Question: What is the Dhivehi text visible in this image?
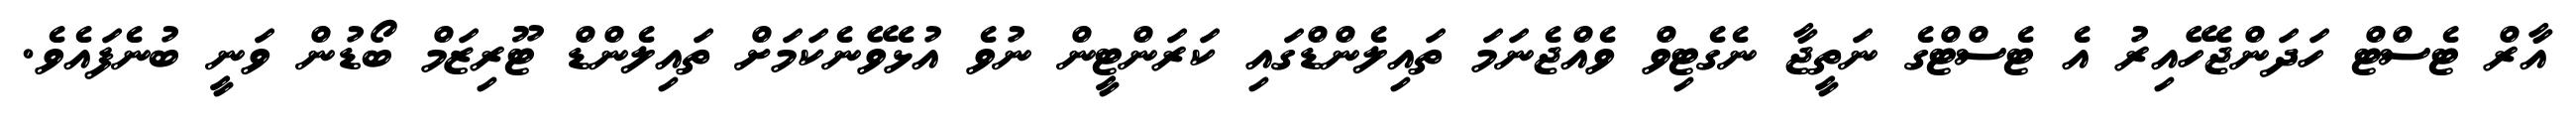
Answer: އާރް ޓެސްޓް ހަދަންޖެހޭއިރު އެ ޓެސްޓްގެ ނަތީޖާ ނެގެޓިވް ވެއްޖެނަމަ ތައިލެންޑްގައި ކަރަންޓީން ނުވެ އުޅެވޭނެކަމަށް ތައިލެންޑް ޓޫރިޒަމް ބޯޑުން ވަނީ ބުނެފައެވެ.